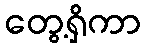
တွေ့ရှိကာ